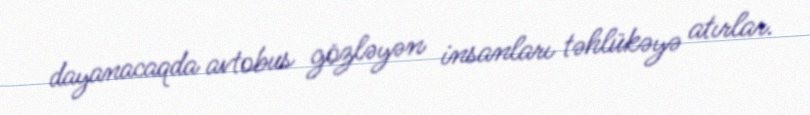
dayanacaqda avtobus gözləyən insanları təhlükəyə atırlar.